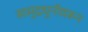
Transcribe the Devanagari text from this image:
सामुद्रधुनीवरून